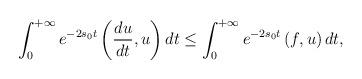
LaTeX: \begin{align*} \int_{0}^{+\infty} e^{-2s_0 t} \left(\frac{d u}{dt},u\right)dt \leq \int_{0}^{+\infty} e^{-2s_0 t} \left(f,u\right)dt, \end{align*}